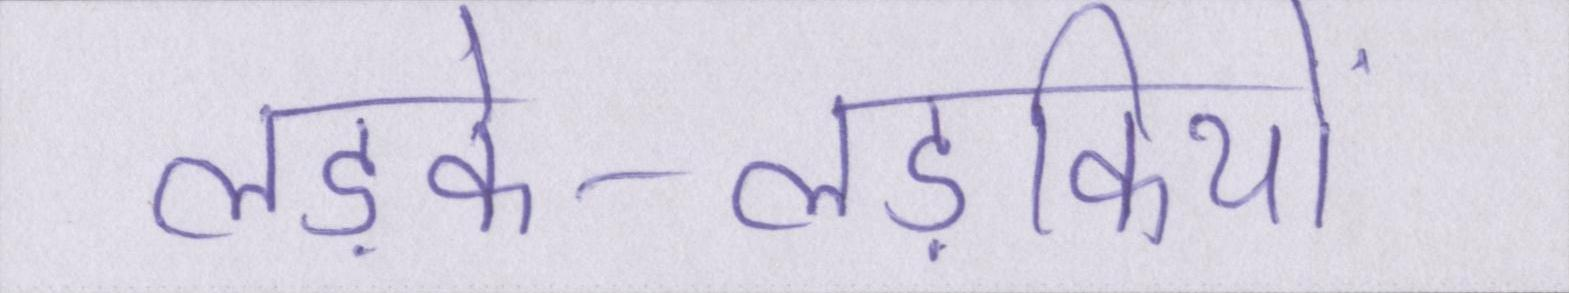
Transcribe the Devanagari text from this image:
लड़के-लड़कियों